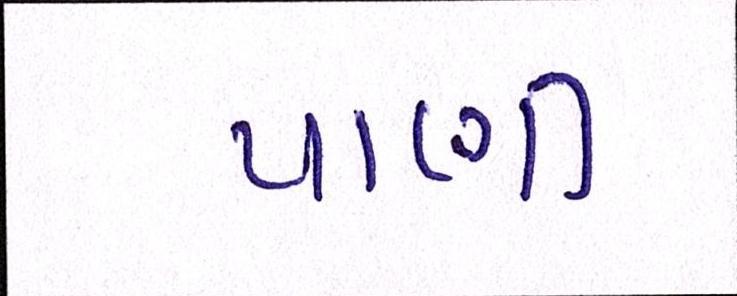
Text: પાણી